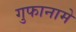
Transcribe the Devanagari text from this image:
गुफानामे